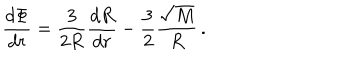
LaTeX: \frac { d \Phi } { d r } = \frac { 3 } { 2 R } \frac { d R } { d r } - \frac { 3 } { 2 } \frac { \sqrt { M } } { R } \, .